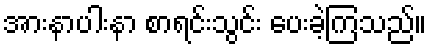
အားနာပါးနာ စာရင်းသွင်း ပေးခဲ့ကြသည်။